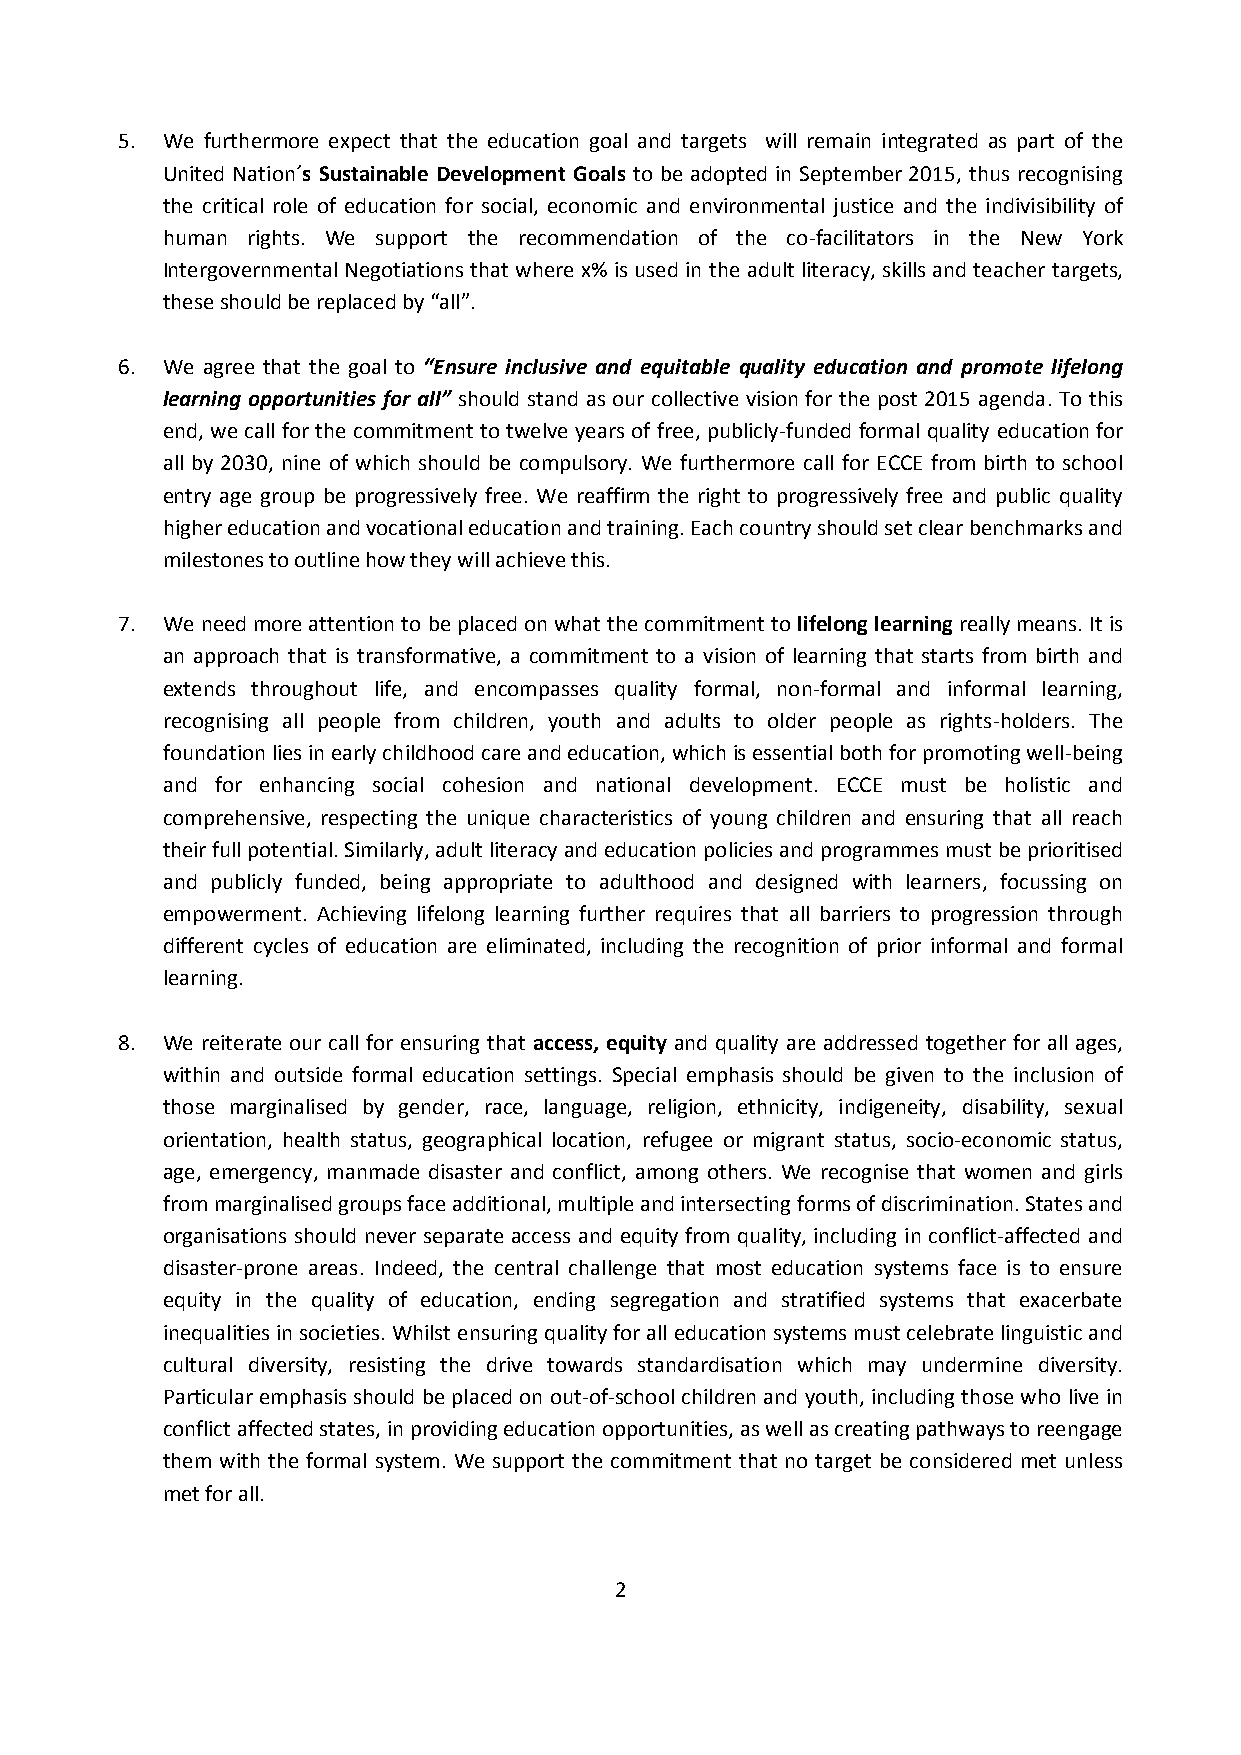
5. We furthermore expect that the education goal and targets will remain integrated as part of the
 United Nation´s Sustainable Development Goals to be adopted in September 2015, thus recognising
 the critical role of education for social, economic and environmental justice and the indivisibility of
 human rights. We support the recommendation of the co-facilitators in the New York
 Intergovernmental Negotiations that where x% is used in the adult literacy, skills and teacher targets,
 these should be replaced by “all”.
 6. We agree that the goal to “Ensure inclusive and equitable quality education and promote lifelong
 learning opportunities for all” should stand as our collective vision for the post 2015 agenda. To this
 end, we call for the commitment to twelve years of free, publicly-funded formal quality education for
 all by 2030, nine of which should be compulsory. We furthermore call for ECCE from birth to school
 entry age group be progressively free. We reaffirm the right to progressively free and public quality
 higher education and vocational education and training. Each country should set clear benchmarks and
 milestones to outline how they will achieve this.
 7. We need more attention to be placed on what the commitment to lifelong learning really means. It is
 an approach that is transformative, a commitment to a vision of learning that starts from birth and
 extends throughout life, and encompasses quality formal, non-formal and informal learning,
 recognising all people from children, youth and adults to older people as rights-holders. The
 foundation lies in early childhood care and education, which is essential both for promoting well-being
 and for enhancing social cohesion and national development. ECCE must be holistic and
 comprehensive, respecting the unique characteristics of young children and ensuring that all reach
 their full potential. Similarly, adult literacy and education policies and programmes must be prioritised
 and publicly funded, being appropriate to adulthood and designed with learners, focussing on
 empowerment. Achieving lifelong learning further requires that all barriers to progression through
 different cycles of education are eliminated, including the recognition of prior informal and formal
 learning.
 8. We reiterate our call for ensuring that access, equity and quality are addressed together for all ages,
 within and outside formal education settings. Special emphasis should be given to the inclusion of
 those marginalised by gender, race, language, religion, ethnicity, indigeneity, disability, sexual
 orientation, health status, geographical location, refugee or migrant status, socio-economic status,
 age, emergency, manmade disaster and conflict, among others. We recognise that women and girls
 from marginalised groups face additional, multiple and intersecting forms of discrimination. States and
 organisations should never separate access and equity from quality, including in conflict-affected and
 disaster-prone areas. Indeed, the central challenge that most education systems face is to ensure
 equity in the quality of education, ending segregation and stratified systems that exacerbate
 inequalities in societies. Whilst ensuring quality for all education systems must celebrate linguistic and
 cultural diversity, resisting the drive towards standardisation which may undermine diversity.
 Particular emphasis should be placed on out-of-school children and youth, including those who live in
 conflict affected states, in providing education opportunities, as well as creating pathways to reengage
 them with the formal system. We support the commitment that no target be considered met unless
 met for all.
 2